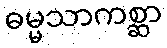
ဓမ္မသာကစ္ဆာ